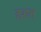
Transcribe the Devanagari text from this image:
हशत